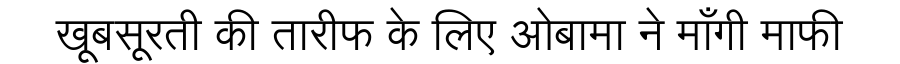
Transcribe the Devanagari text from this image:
खूबसूरती की तारीफ के लिए ओबामा ने माँगी माफी